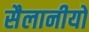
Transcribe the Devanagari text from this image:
सैलानीयों